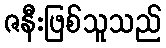
ဇနီးဖြစ်သူသည်